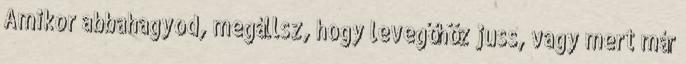
Amikor abbahagyod, megállsz, hogy levegőhöz juss, vagy mert már